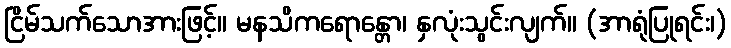
ငြိမ်သက်သောအားဖြင့်။ မနသိကရောန္တော၊ နှလုံးသွင်းလျက်။ (အာရုံပြုရင်း၊)